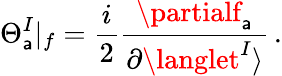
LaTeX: \Theta_{\mathsf{a}}^{I}|_{f}=\frac{{i}}{{2}}\frac{{\partialf_{\mathsf{a}}}}{{\partial\langlet^{I}\rangle}}\, .